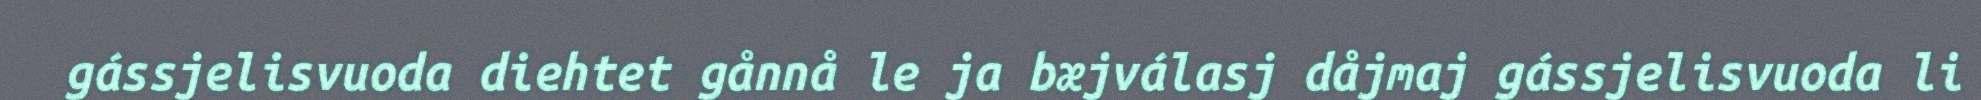
gássjelisvuoda diehtet gånnå le ja bæjválasj dåjmaj gássjelisvuoda li